Lunatic asylums Burma 1922-24 - 1922-1924
Year: 1922
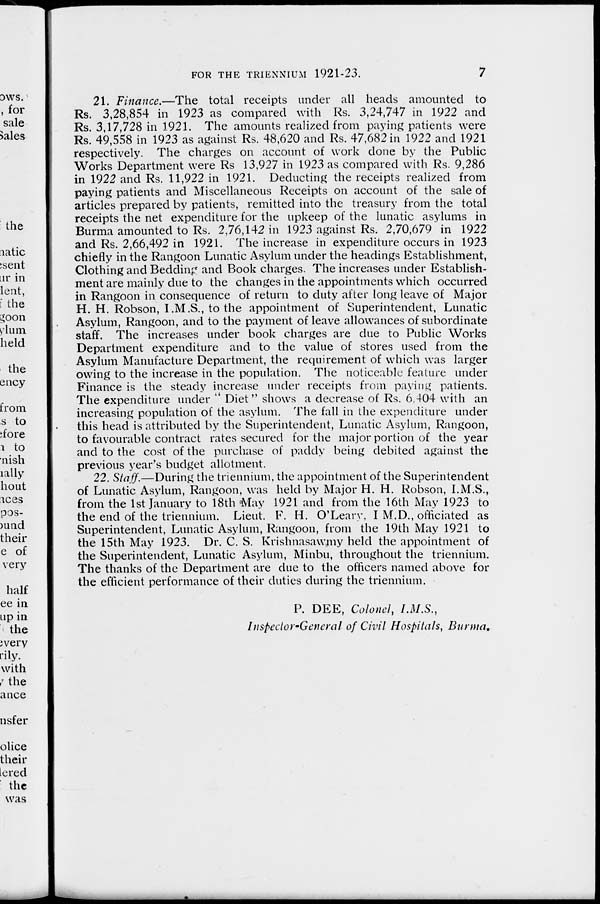
FOR THE TRIENNIUM 1921-23.
7
21. Finance.—The total receipts under all heads amounted to
Rs. 3,28,854 in 1923 as compared with Rs. 3,24,747 in 1922 and
Rs. 3,17,728 in 1921. The amounts realized from paying patients were
Rs. 49,558 in 1923 as against Rs. 48,620 and Rs. 47,682 in 1922 and 1921
respectively. The charges on account of work done by the Public
Works Department were Rs 13,927 in 1923 as compared with Rs. 9,286
in 1922 and Rs. 11,922 in 1921. Deducting the receipts realized from
paying patients and Miscellaneous Receipts on account of the sale of
articles prepared by patients, remitted into the treasury from the total
receipts the net expenditure for the upkeep of the lunatic asylums in
Burma amounted to Rs. 2,76,142 in 1923 against Rs. 2,70,679 in 1922
and Rs. 2,66,492 in 1921. The increase in expenditure occurs in 1923
chiefly in the Rangoon Lunatic Asylum under the headings Establishment,
Clothing and Bedding and Book charges. The increases under Establish-
ment are mainly due to the changes in the appointments which occurred
in Rangoon in consequence of return to duty after long leave of Major
H. H. Robson, I.M.S., to the appointment of Superintendent, Lunatic
Asylum, Rangoon, and to the payment of leave allowances of subordinate
staff. The increases under book charges are due to Public Works
Department expenditure and to the value of stores used from the
Asylum Manufacture Department, the requirement of which was larger
owing to the increase in the population. The noticeable feature under
Finance is the steady increase under receipts from paying patients.
The expenditure under " Diet" shows a decrease of Rs. 6,404 with an
increasing population of the asylum. The fall in the expenditure under
this head is attributed by the Superintendent, Lunatic Asylum, Rangoon,
to favourable contract rates secured for the major portion of the year
and to the cost of the purchase of paddy being debited against the
previous year's budget allotment.
22. Staff.—During the triennium, the appointment of the Superintendent
of Lunatic Asylum, Rangoon, was held by Major H. H. Robson, I.M.S.,
from the 1st January to 18th May 1921 and from the 16th May 1923 to
the end of the triennium. Lieut. F. H. O'Leary, I.M.D., officiated as
Superintendent, Lunatic Asylum, Rangoon, from the 19th May 1921 to
the 15th May 1923. Dr. C. S. Krishnasawmy held the appointment of
the Superintendent, Lunatic Asylum, Minbu, throughout the triennium.
The thanks of the Department are due to the officers named above for
the efficient performance of their duties during the triennium.
P. DEE, Colonel, I.M.S.,
Inspector-General of Civil Hospitals, Burma.